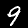
Label: 9